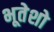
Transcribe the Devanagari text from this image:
भूतेशो